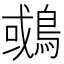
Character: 𪂉